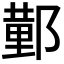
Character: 𮠆